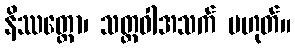
နိဿတ္တော၊ သတ္တဝါအသက် မဟုတ်။